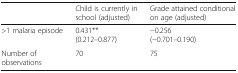
<table><thead><tr><td></td><td><b>Child is currently in school (adjusted)</b></td><td><b>Grade attained conditional on age (adjusted)</b></td></tr></thead><tbody><tr><td>&gt;1 malaria episode</td><td>0.431**(0.212–0.877)</td><td>−0.256(−0.701–0.190)</td></tr><tr><td>Number of observations</td><td>70</td><td>75</td></tr></tbody></table>